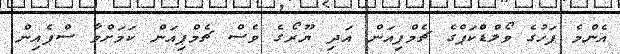
އެންމެ ފަހުގެ ވޯލްޑްކަޕްގެ ޗެމްޕިއަން އަދި ޔޫރޯގެ ވެސް ޗެމްޕިއަން ކަމަށްވާ ސްޕެއިން